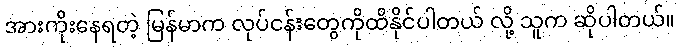
အားကိုးနေရတဲ့ မြန်မာက လုပ်ငန်းတွေကိုထိနိုင်ပါတယ် လို့ သူက ဆိုပါတယ်။